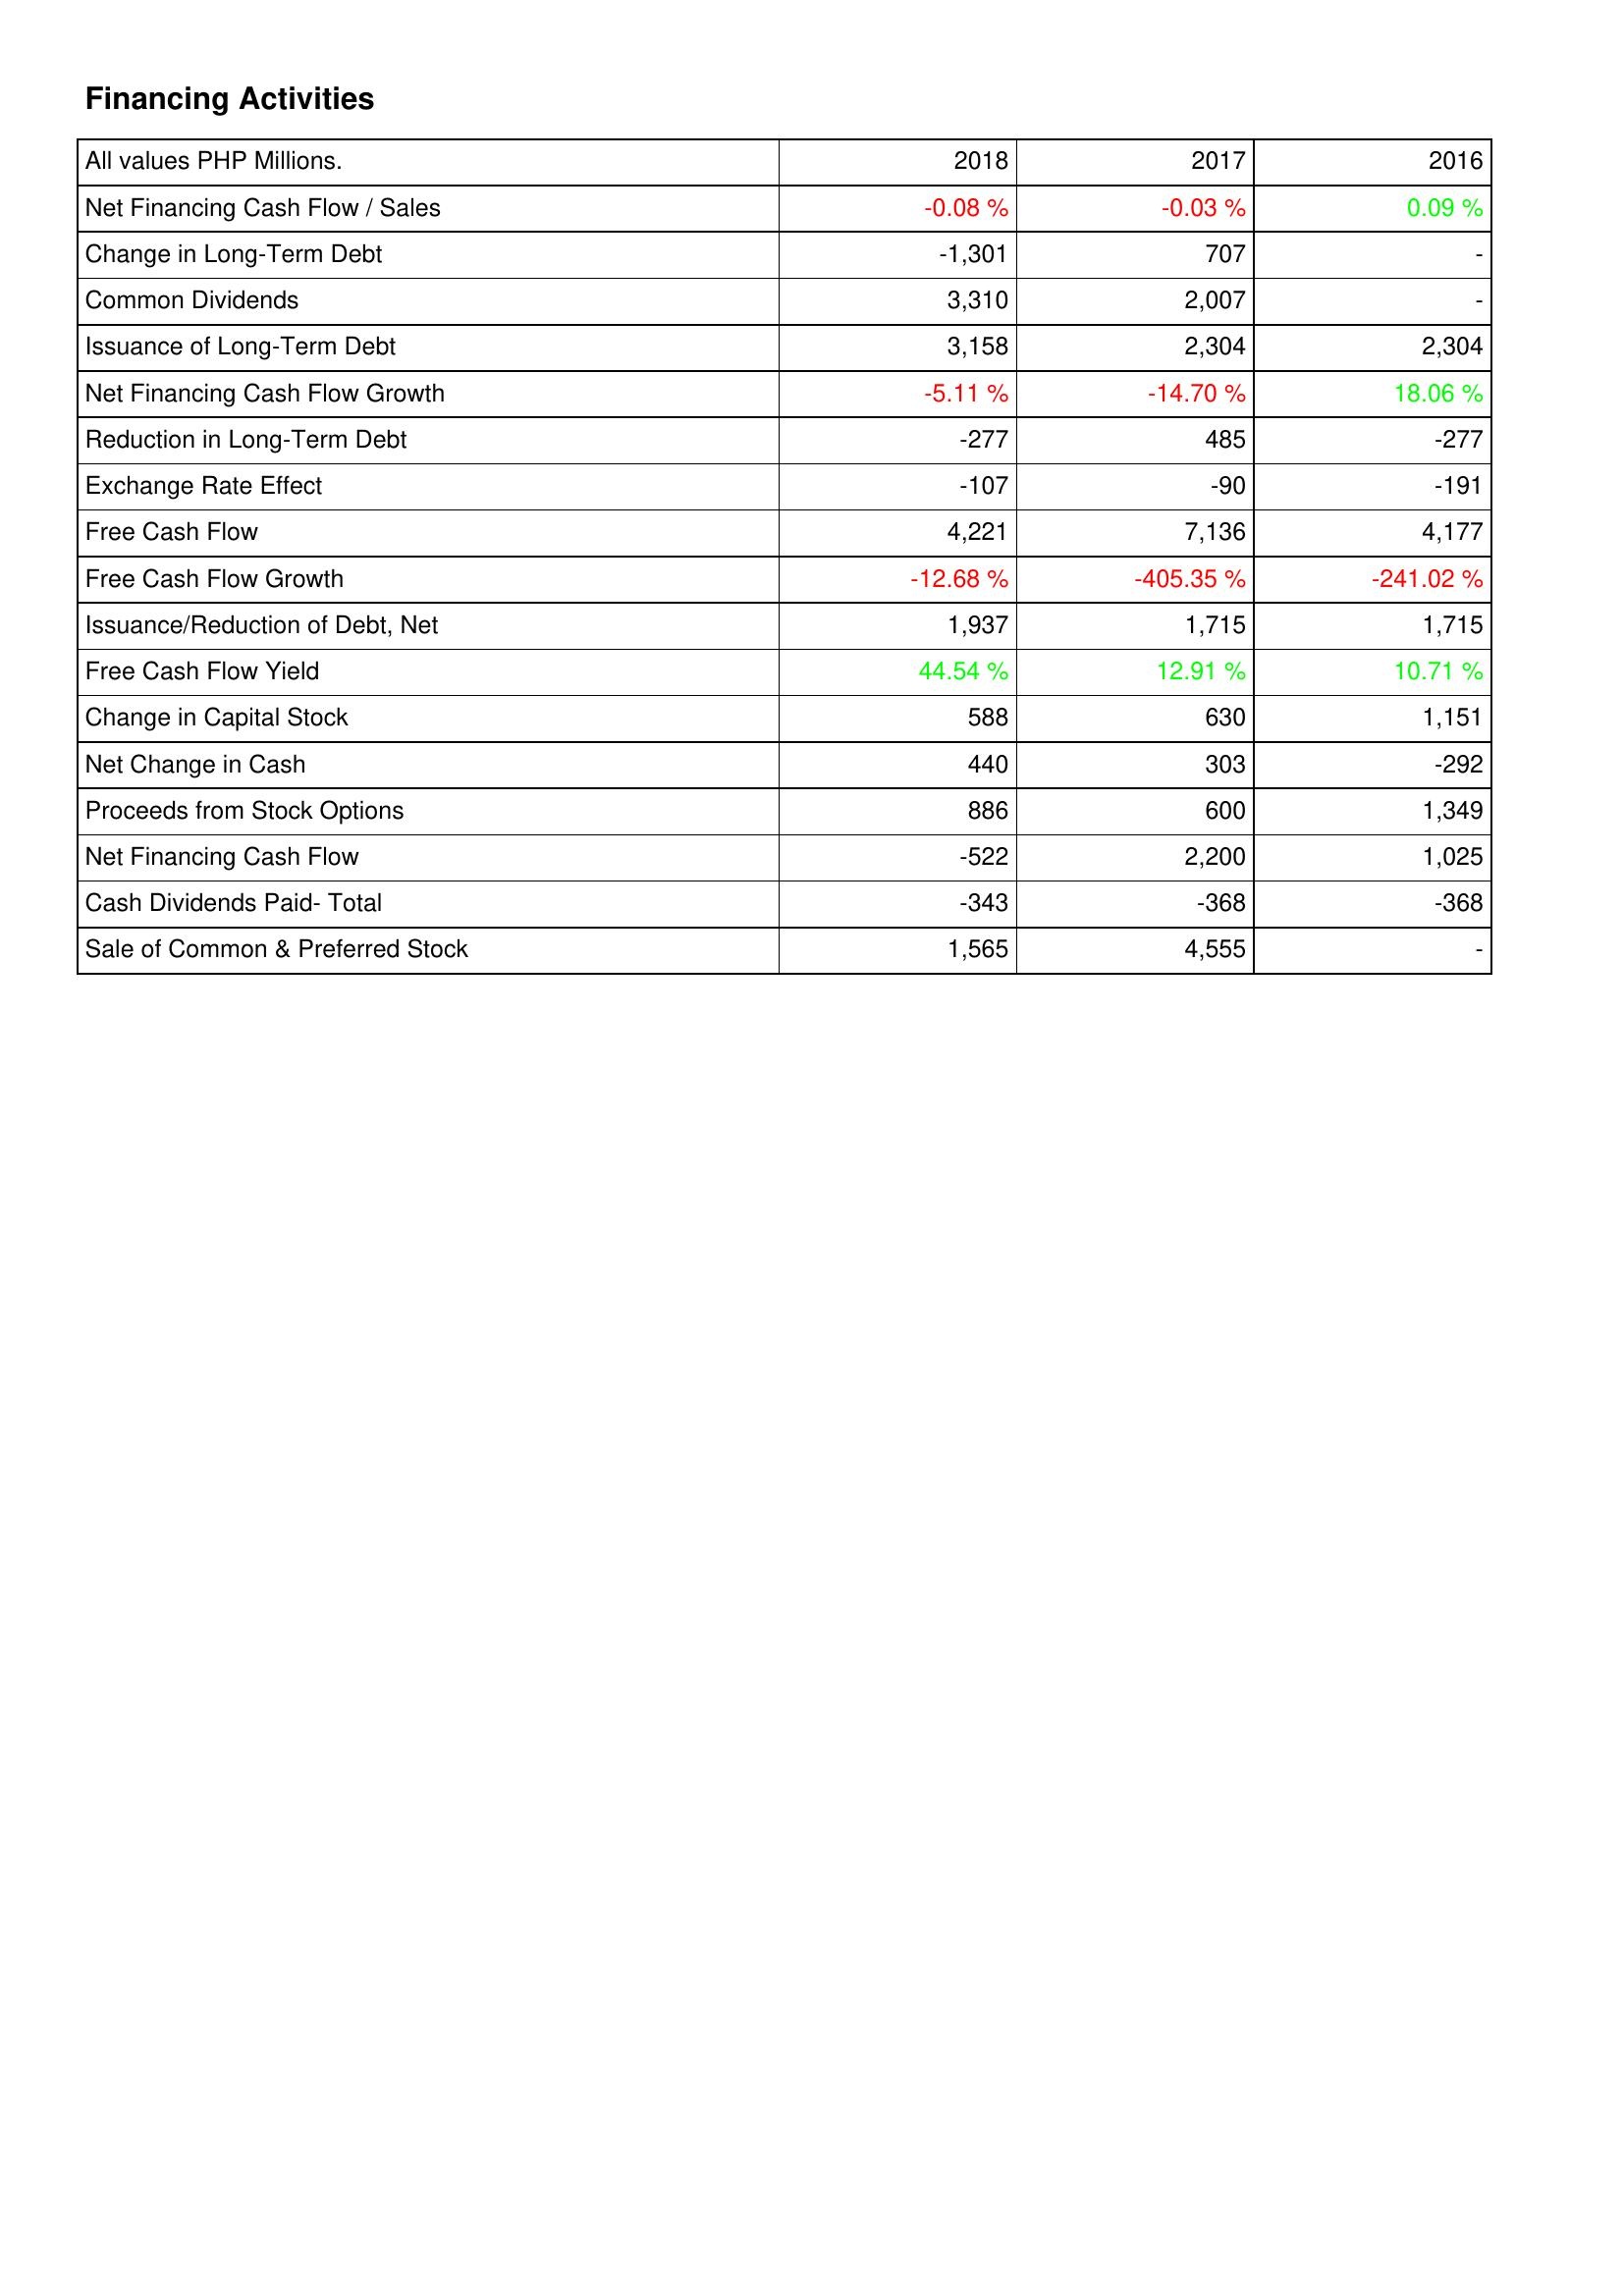
2018: Financing Activities: Net Financing Cash Flow / Sales: -0.08 %
Change in Long-Term Debt: -1,301
Common Dividends: 3,310
Issuance of Long-Term Debt: 3,158
Net Financing Cash Flow Growth: -5.11 %
Reduction in Long-Term Debt: -277
Exchange Rate Effect: -107
Free Cash Flow: 4,221
Free Cash Flow Growth: -12.68 %
Issuance/Reduction of Debt, Net: 1,937
Free Cash Flow Yield: 44.54 %
Change in Capital Stock: 588
Net Change in Cash: 440
Proceeds from Stock Options: 886
Net Financing Cash Flow: -522
Cash Dividends Paid- Total: -343
Sale of Common & Preferred Stock: 1,565
2017: Financing Activities: Net Financing Cash Flow / Sales: -0.03 %
Change in Long-Term Debt: 707
Common Dividends: 2,007
Issuance of Long-Term Debt: 2,304
Net Financing Cash Flow Growth: -14.70 %
Reduction in Long-Term Debt: 485
Exchange Rate Effect: -90
Free Cash Flow: 7,136
Free Cash Flow Growth: -405.35 %
Issuance/Reduction of Debt, Net: 1,715
Free Cash Flow Yield: 12.91 %
Change in Capital Stock: 630
Net Change in Cash: 303
Proceeds from Stock Options: 600
Net Financing Cash Flow: 2,200
Cash Dividends Paid- Total: -368
Sale of Common & Preferred Stock: 4,555
2016: Financing Activities: Net Financing Cash Flow / Sales: 0.09 %
Change in Long-Term Debt: -
Common Dividends: -
Issuance of Long-Term Debt: 2,304
Net Financing Cash Flow Growth: 18.06 %
Reduction in Long-Term Debt: -277
Exchange Rate Effect: -191
Free Cash Flow: 4,177
Free Cash Flow Growth: -241.02 %
Issuance/Reduction of Debt, Net: 1,715
Free Cash Flow Yield: 10.71 %
Change in Capital Stock: 1,151
Net Change in Cash: -292
Proceeds from Stock Options: 1,349
Net Financing Cash Flow: 1,025
Cash Dividends Paid- Total: -368
Sale of Common & Preferred Stock: -